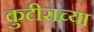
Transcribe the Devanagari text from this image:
कुटीराच्या